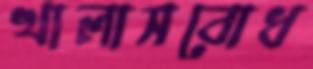
খালাসবোধ